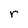
Character: r